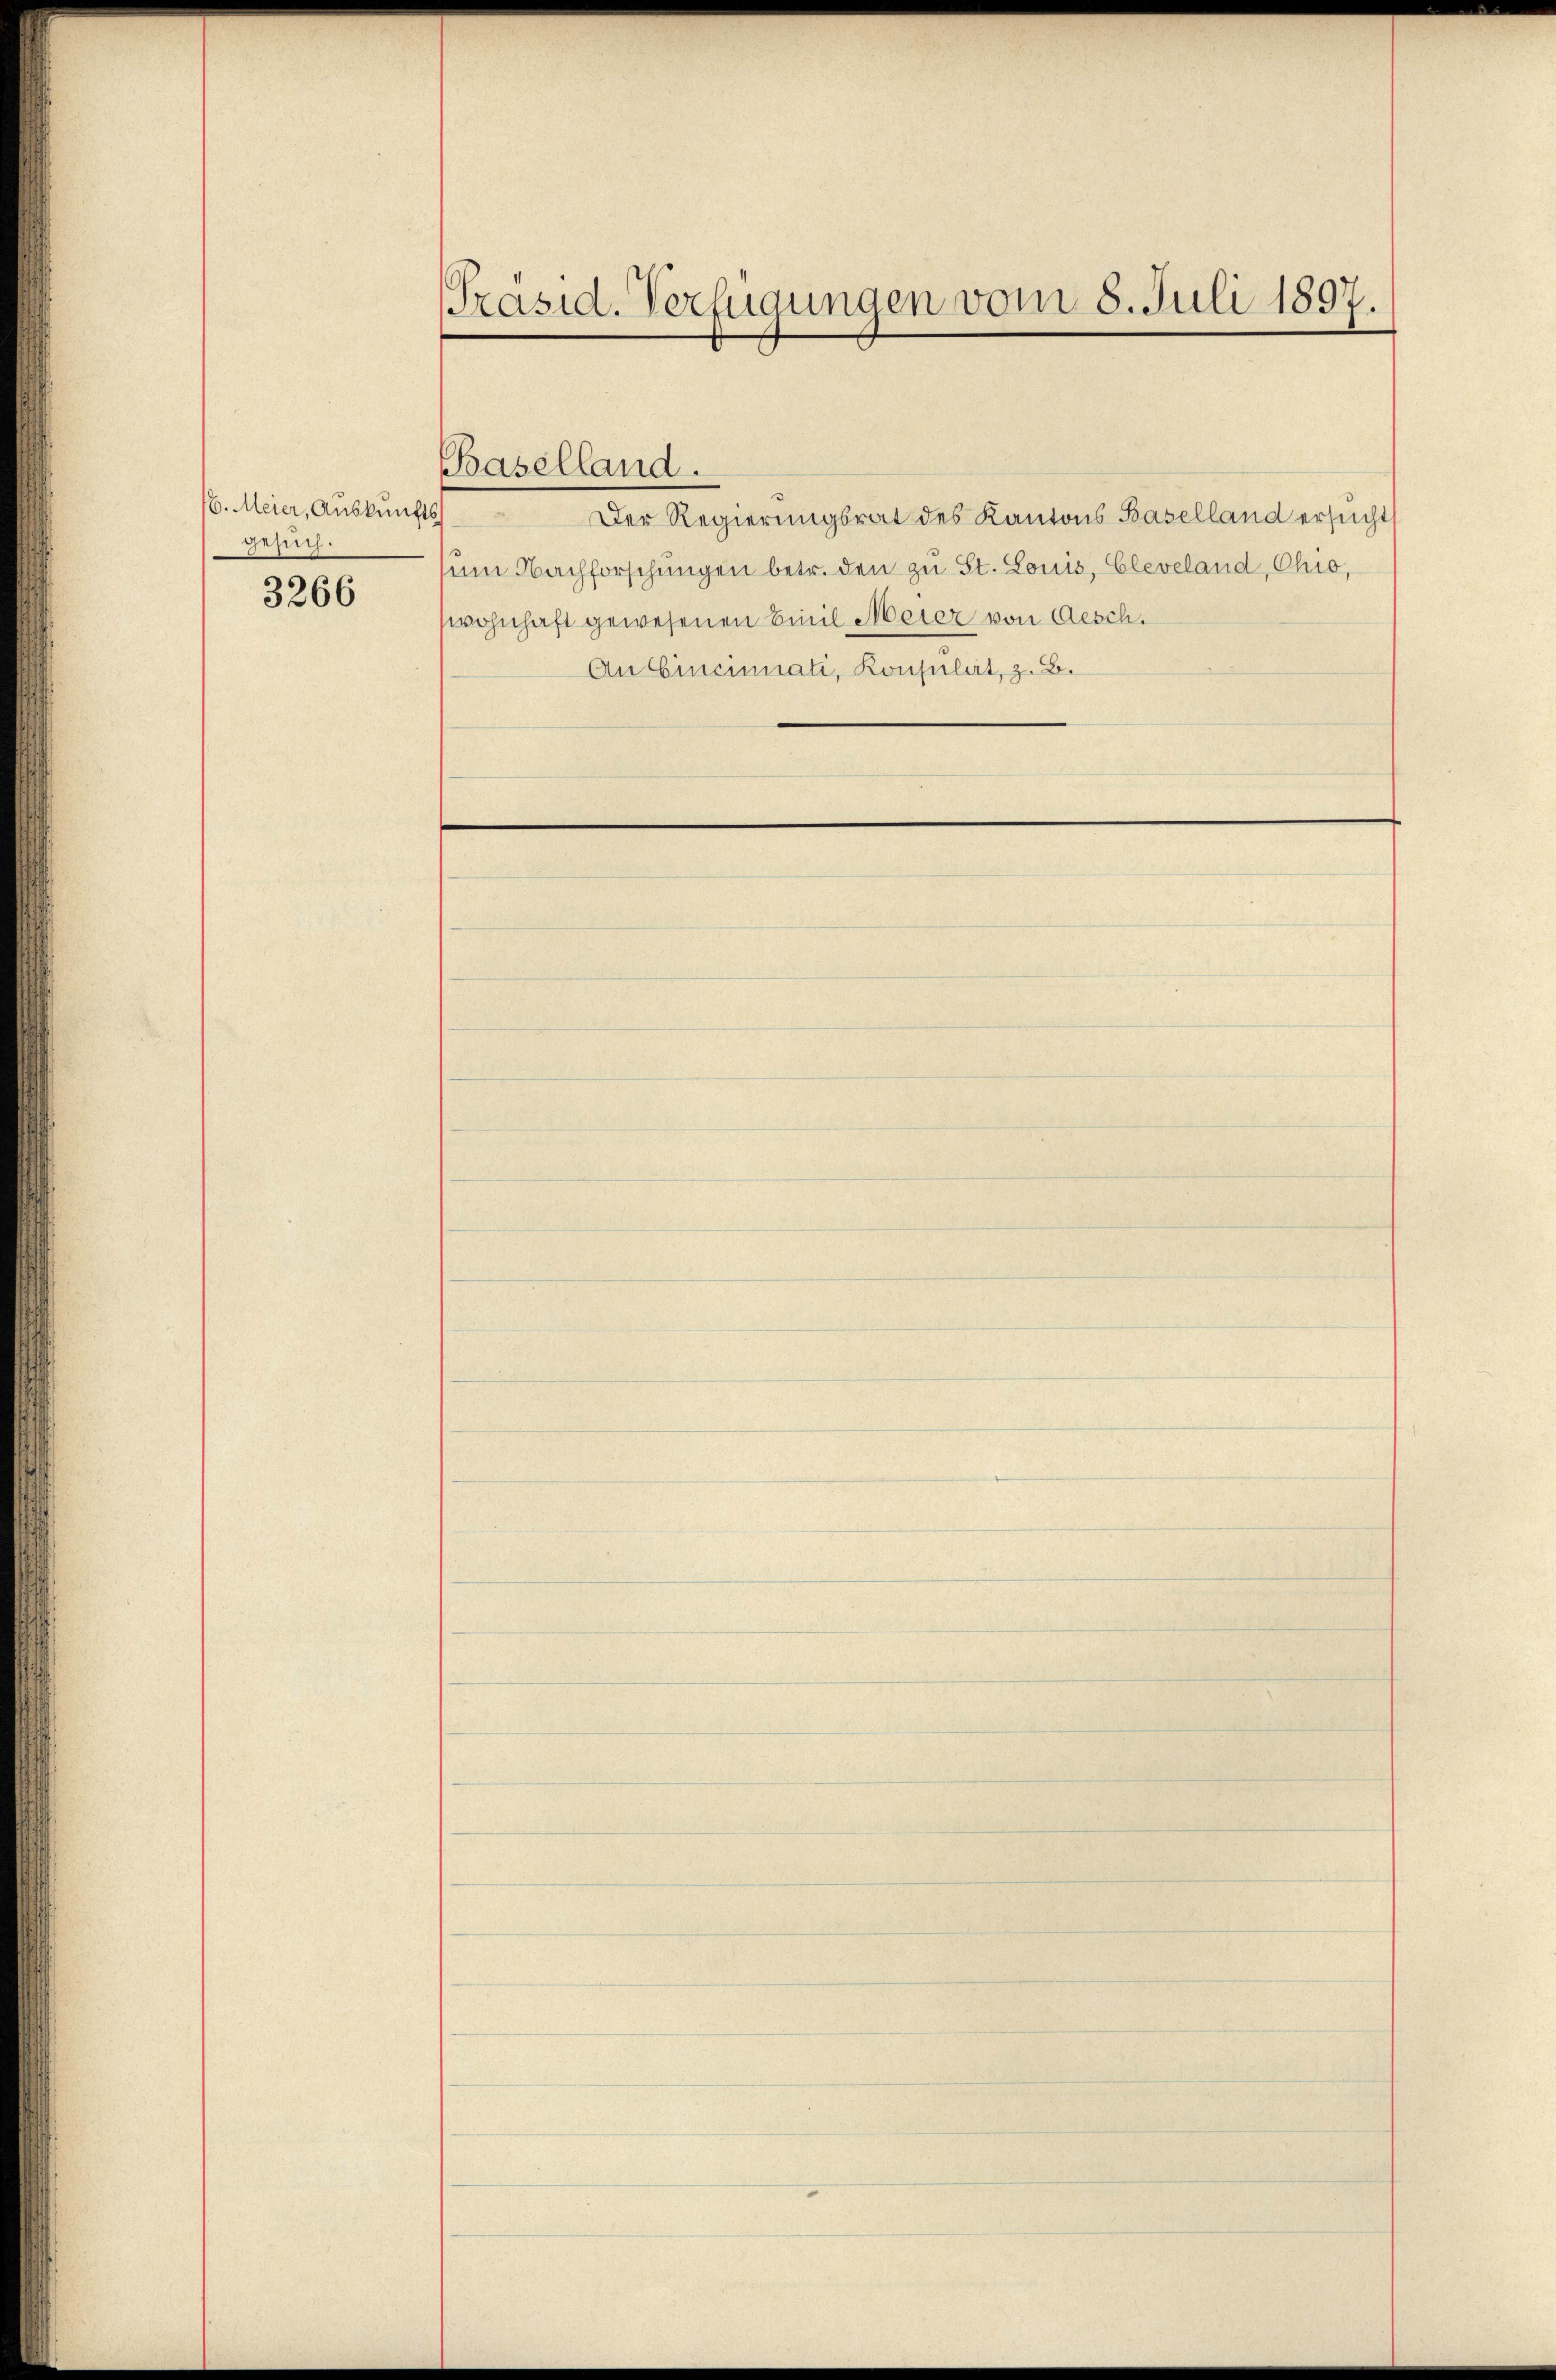
16. Meier, Auskunfts
gesuch.

3266

Präsid. Verfügungen vom 8. Juli 1897.

Baselland.

Der Regierungsrat des Kantons Baselland ersucht
um Nachforschungen betr. den zu St. Louis, Cleveland, Chio,
wohnhaft gewesenen Einil Meier von Aesch.
An Eincinnati, Konsulat, z. B.